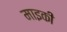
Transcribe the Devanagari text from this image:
माइकी